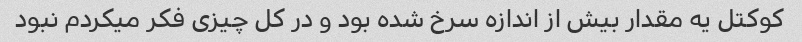
کوکتل یه مقدار بیش از اندازه سرخ شده بود و در کل چیزی فکر میکردم نبود